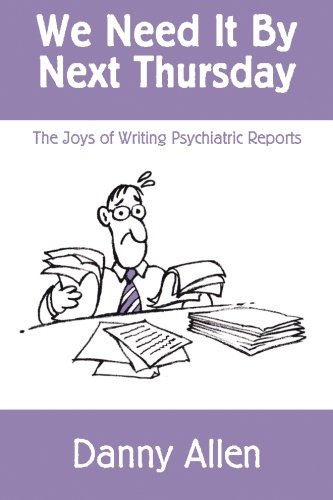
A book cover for We Need It By Next Thursday: The Joys of Writing Psychiatric Reports; Danny Allen; Law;